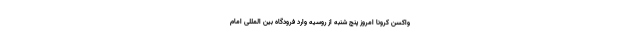
واکسن کرونا امروز پنج شنبه از روسیه وارد فرودگاه بین المللی امام